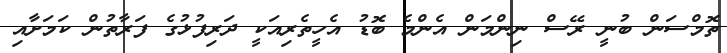
ތޮމްސަން ބުނީ ރޭސް ނިންމަން އެންމެ ބޮޑު އެހީތެރިއަކީ ދަރިފުޅުގެ ފަރާތުން ކަމަށާއި